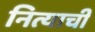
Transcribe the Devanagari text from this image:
नित्याची